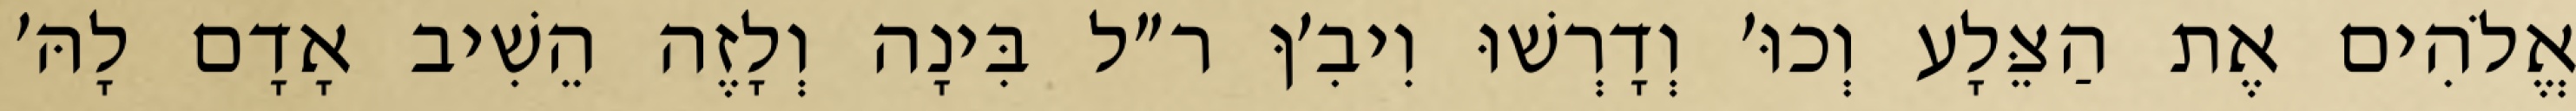
אֱלֹהִים אֶת הַצֵּלָע וְכוּ׳ וְדָרְשׁוּ וִיבִ׳ןּ ר״ל בִּינָה וְלָזֶה הֵשִׁיב אָדָם לָהּ׳